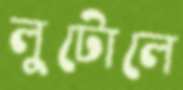
লুটোলে